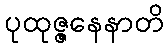
ပုထုဇ္ဇနေနာတိ